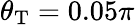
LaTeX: \theta_{\mathrm{T}}=0.05\pi